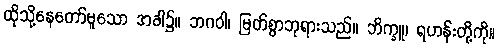
ထိုသို့နေတော်မူသော အခါ၌။ ဘဂဝါ၊ မြတ်စွာဘုရားသည်။ ဘိက္ခူ၊ ရဟန်းတို့ကို။